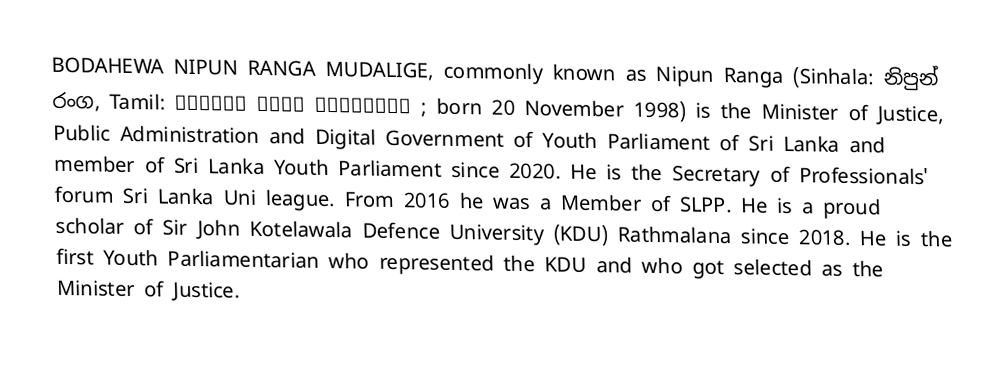
BODAHEWA NIPUN RANGA MUDALIGE, commonly known as Nipun Ranga (Sinhala: නිපුන් රංග, Tamil:  நிபூன் ரங்க முடாலிகே ; born 20 November 1998) is the Minister of Justice, Public Administration and Digital Government of Youth Parliament of Sri Lanka and member of Sri Lanka Youth Parliament  since 2020. He is the  Secretary of Professionals' forum Sri Lanka Uni league. From 2016 he was a Member of SLPP. He is a proud scholar of Sir John Kotelawala Defence University (KDU)  Rathmalana since 2018. He is the first Youth Parliamentarian who represented the KDU and who got selected as the Minister of Justice.